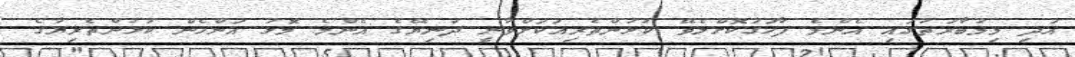
އަދި މިމުބާރަތުގައި އެންމެ ފާހަގަކޮށްލެވޭ ކުޅުންތެރިއަކަށްވާނީ ދުނިޔޭގެ އެންމެ މޮޅު އަންހެން ކުޅުންތެރިޔާގެ